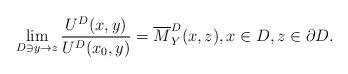
LaTeX: \begin{align*}\lim_{D\ni y\to z}\frac{U^D(x,y)}{U^D(x_0, y)}=\overline M^D_Y(x, z), x\in D, z\in \partial D.\end{align*}